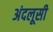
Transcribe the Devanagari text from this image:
अंदलूसी